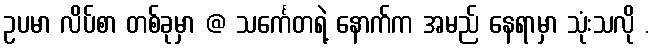
ဥပမာ လိပ်စာ တစ်ခုမှာ @ သင်္ကေတရဲ့ နောက်က အမည် နေရာမှာ သုံးသလို .